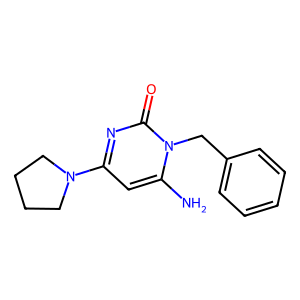
SMILES: Nc1cc(N2CCCC2)nc(=O)n1Cc1ccccc1
Inhibits HIV replication: No